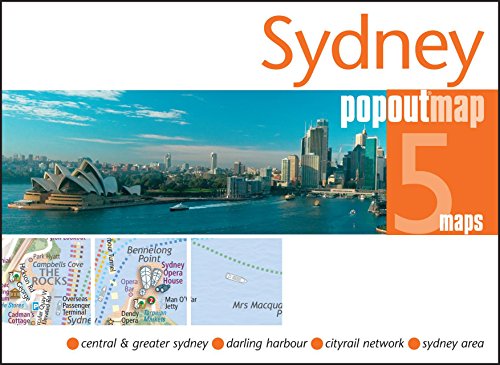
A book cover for Sydney PopOut Map (PopOut Maps); Travel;